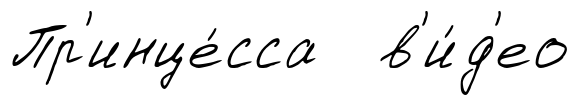
Пр'инце́сса в'и́д'ео